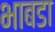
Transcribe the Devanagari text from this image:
भाबडा